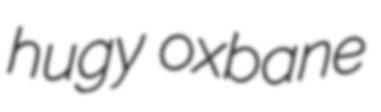
hugy oxbane